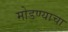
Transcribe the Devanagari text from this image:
मोडण्याचा